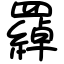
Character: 羄